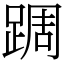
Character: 𨂊